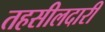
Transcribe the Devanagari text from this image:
तहसीलदारी